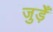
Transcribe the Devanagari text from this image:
जुड़ेँ